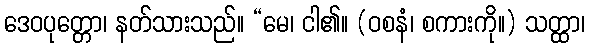
ဒေဝပုတ္တော၊ နတ်သားသည်။ “မေ၊ ငါ၏။ (ဝစနံ၊ စကားကို။) သတ္ထာ၊